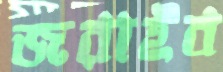
জরাইব